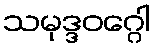
သမုဒ္ဒဝဂ္ဂေါ